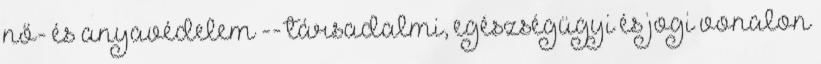
nő- és anyavédelem -- társadalmi, egészségügyi és jogi vonalon